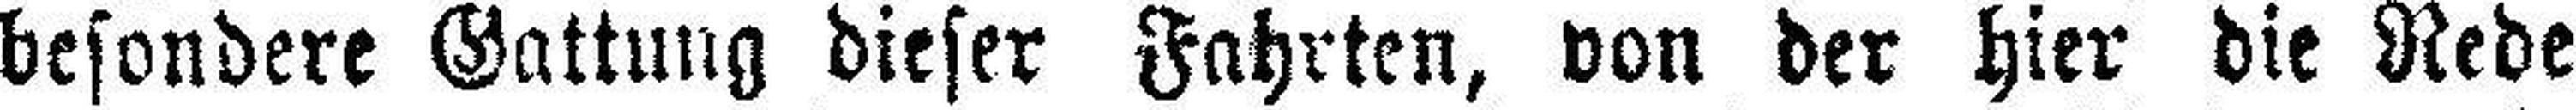
besondere Gattung dieser Fahrten, von der hier die Rede